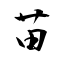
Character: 葍